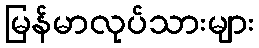
မြန်မာလုပ်သားများ